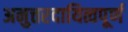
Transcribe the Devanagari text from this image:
अनुत्तरदायित्वपूर्ण